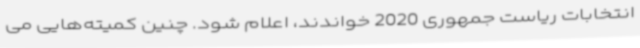
انتخابات ریاست جمهوری 2020 خواندند، اعلام شود. چنین کمیته‌هایی می